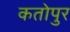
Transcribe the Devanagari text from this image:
कतोपुर